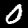
Digit: 0